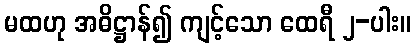
မထဟု အဓိဋ္ဌာန်၍ ကျင့်သော ထေရီ ၂-ပါး။